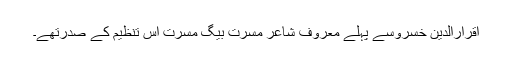
اقرارالدین خسروسے پہلے معروف شاعر مسرت بیگ مسرت اس تنظیم کے صدرتھے۔